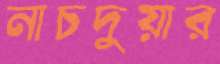
নাচদুয়ার